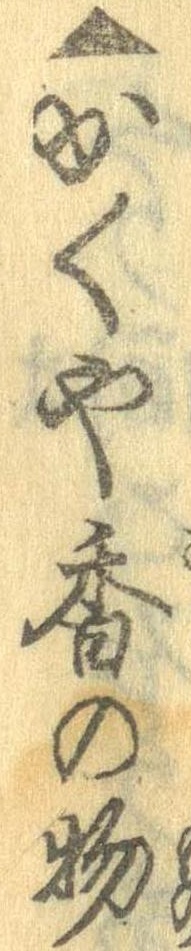
▲かくや香の物